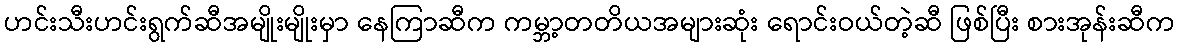
ဟင်းသီးဟင်းရွက်ဆီအမျိုးမျိုးမှာ နေကြာဆီက ကမ္ဘာ့တတိယအများဆုံး ရောင်းဝယ်တဲ့ဆီ ဖြစ်ပြီး စားအုန်းဆီက